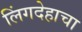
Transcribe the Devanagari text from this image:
लिंगदेहाचा